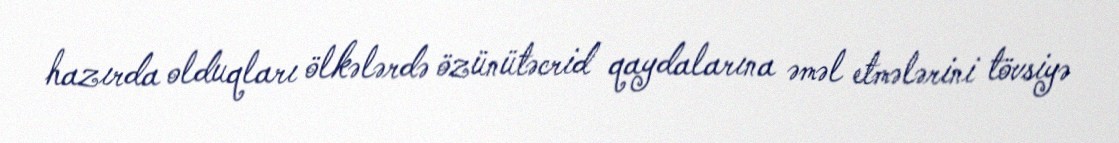
hazırda olduqları ölkələrdə özünütəcrid qaydalarına əməl etmələrini tövsiyə